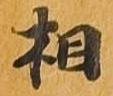
相